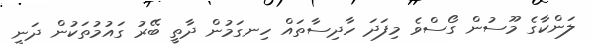
ލަންކާގެ މޫސުން ގޯސްވެ މިފަދަ ހާދިސާތައް ހިނގަމުން ދާތީ ބޭރު ގައުމުތަކުން ދަނީ